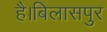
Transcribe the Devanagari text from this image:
है।बिलासपुर